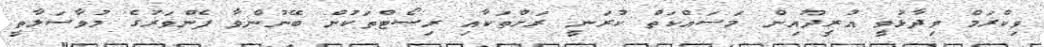
ވިކްރަމް ވިދާޅުވީ އުރީދޫއިން މަސައްކަތް ކުރަނީ ރަށްތަކާއި ރިސޯޓްތަކުން ބޭނުންވާ ފެންވަރުގެ މުވާސަލާތީ